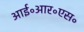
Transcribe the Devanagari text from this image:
आई॰आर॰एस॰